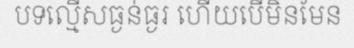
បទល្មើសធ្ងន់ធ្ងរ ហើយបើមិនមែន